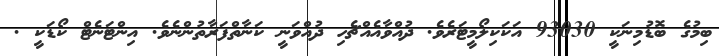
ބިމުގެ ބޮޑުމިނަކީ 93030 އަކަކިލޯމީޓަރެވެ. ދުއްވާއެއްޗެހި ދުއްވަނީ ކަނާތްފަރާތުންނެވެ. އިންޓަނެޓް ކޯޑަކީ .